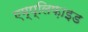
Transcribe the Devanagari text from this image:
एम्प्लिफ़ाइड